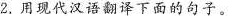
2.用现代汉语翻译下面的句子。